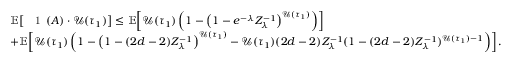
\begin{array} { r l } & { \mathbb { E } \! \left[ { \mathrm { \Large ~ \mathfrak ~ 1 ~ } } ( A ) \cdot \mathcal { U } ( \tau _ { 1 } ) \right] \leq \mathbb { E } \! \left[ \mathcal { U } ( \tau _ { 1 } ) \left( 1 - \left( 1 - e ^ { - \lambda } Z _ { \lambda } ^ { - 1 } \right) ^ { \mathcal { U } ( \tau _ { 1 } ) } \right) \right] } \\ & { + \mathbb { E } \! \left[ \mathcal { U } ( \tau _ { 1 } ) \left( 1 - \left( 1 - ( 2 d - 2 ) Z _ { \lambda } ^ { - 1 } \right) ^ { \mathcal { U } ( \tau _ { 1 } ) } - \mathcal { U } ( \tau _ { 1 } ) ( 2 d - 2 ) Z _ { \lambda } ^ { - 1 } ( 1 - ( 2 d - 2 ) Z _ { \lambda } ^ { - 1 } ) ^ { \mathcal { U } ( \tau _ { 1 } ) - 1 } \right) \right] . } \end{array}